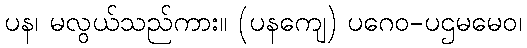
ပန၊ မလွယ်သည်ကား။ (ပနကျေ) ပဂေဝ-ပဌမမေဝ၊